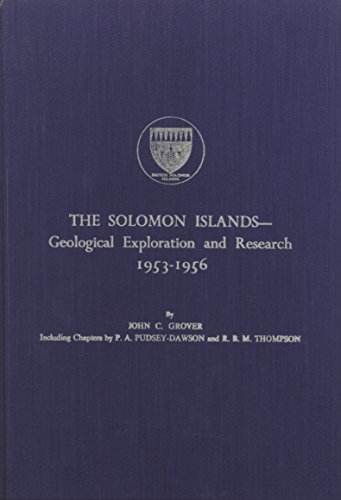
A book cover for The Solomon Islands: Geological Exploration and Research, 1953-1956 (British Solomon Islands); John C. Grover; Travel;